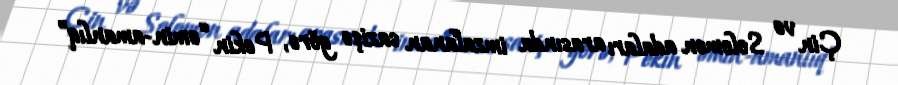
Çin və Solomon adaları arasında imzalanan sazişə görə, Pekin “əmin-amanlıq”